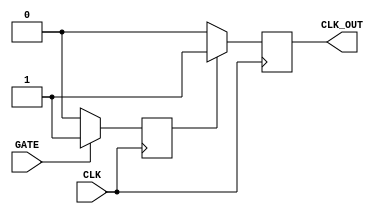
module clock_gating_buffer (
    input wire CLK,        // Primary clock input
    input wire GATE,       // Clock gating enable signal
    output reg CLK_OUT     // Gated clock output
);

// Internal signal to hold the gated clock state
reg gated_clk;

// Always block to handle the clock gating logic
always @(posedge CLK) begin
    if (GATE) begin
        // If GATE is high, pass the clock through
        gated_clk <= 1'b1;
    end else begin
        // If GATE is low, hold the clock low
        gated_clk <= 1'b0;
    end
end

// Always block to generate the output clock
always @(posedge CLK) begin
    if (gated_clk) begin
        CLK_OUT <= 1'b1; // Output clock high
    end else begin
        CLK_OUT <= 1'b0; // Output clock low
    end
end

endmodule